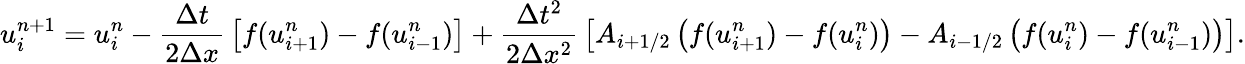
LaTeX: u_{i}^{n+1}=u_{i}^{n}-{\frac{\Delta t}{2\Delta x}}\left[f(u_{i+1}^{n})-f(u_{i-1}^{n})\right]+{\frac{\Delta t^{2}}{2\Delta x^{2}}}\left[A_{i+1/2}\left(f(u_{i+1}^{n})-f(u_{i}^{n})\right)-A_{i-1/2}\left(f(u_{i}^{n})-f(u_{i-1}^{n})\right)\right].